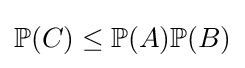
\mathbb {P} (C)\leq \mathbb {P} (A)\mathbb {P} (B)